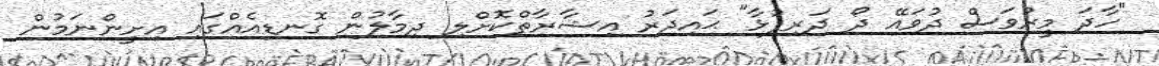
"ހާދަ މީރުވަސް ދުވައޭ ދޯ ދަރިފުޅާ" ޙައިދަރު އިޝާރާތްކޮށްލި ދިމާލުން ގޮނޑިއެއްގައި އިށީންނަމުން